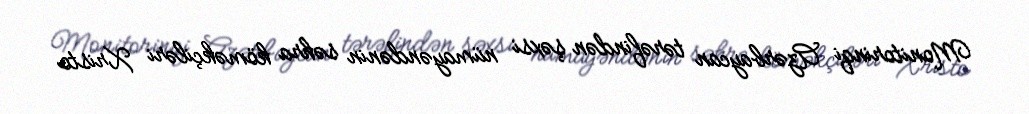
Monitorinqi Azərbaycan tərəfindən şəxsi nümayəndənin səhra köməkçiləri Xristo